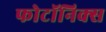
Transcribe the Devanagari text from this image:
फोटॉनिक्‍स